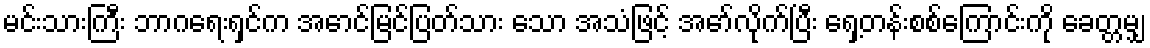
မင်းသားကြီး ဘာဂရေးရှင်က အောင်မြင်ပြတ်သား သော အသံဖြင့် အော်လိုက်ပြီး ရှေ့တန်းစစ်ကြောင်းကို ခေတ္တမျှ